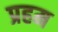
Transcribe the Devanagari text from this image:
प्रहम